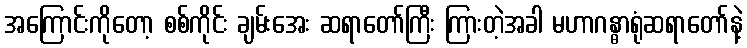
အကြောင်းကိုတော့ စစ်ကိုင်း ချမ်းအေး ဆရာတော်ကြီး ကြားတဲ့အခါ မဟာဂန္ဓာရုံဆရာတော်နဲ့